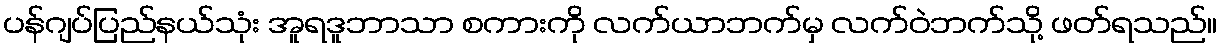
ပန်ဂျပ်ပြည်နယ်သုံး အူရဒူဘာသာ စကားကို လက်ယာဘက်မှ လက်ဝဲဘက်သို့ ဖတ်ရသည်။